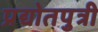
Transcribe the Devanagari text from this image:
प्रद्योतपुत्री